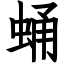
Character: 蛹